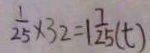
\frac { 1 } { 2 5 } \times 3 2 = 1 \frac { 7 } { 2 5 } ( t )